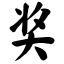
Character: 奖